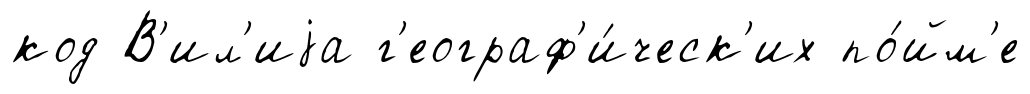
код В'ил'иjа г'еограф'и́ческ'их по́йм'е